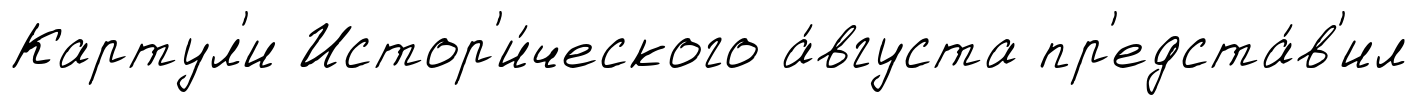
Картул'и Истор'и́ческого а́вгуста пр'едста́в'ил